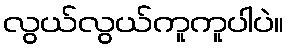
လွယ်လွယ်ကူကူပါပဲ။